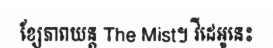
ខ្សែភាពយន្ត The Mist។ វីដេអូនេះ